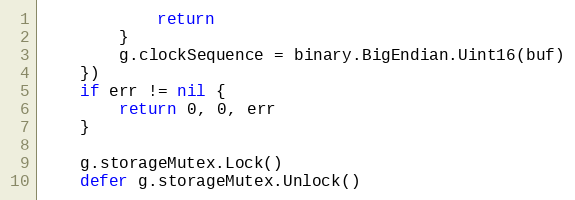
Language: Go
			return
		}
		g.clockSequence = binary.BigEndian.Uint16(buf)
	})
	if err != nil {
		return 0, 0, err
	}

	g.storageMutex.Lock()
	defer g.storageMutex.Unlock()